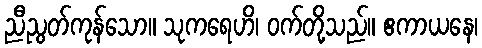
ညီညွတ်ကုန်သော။ သုကရေဟိ၊ ဝက်တို့သည်။ ဧကာယနေ၊